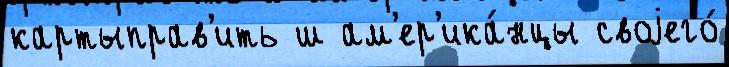
картыправ'ить ш ам'ер'ика́нцы своjего́